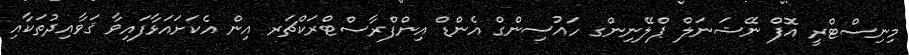
މިނިސްޓްރީ އޮފް ނޭޝަނަލް ޕްލޭނިންގ ހައުސިންގް އެންޑް އިންފްރާސްޓްރަކްޗަރ އިން އެކަށައަޅާފައިވާ ޤަވާއިދުތަކާއި